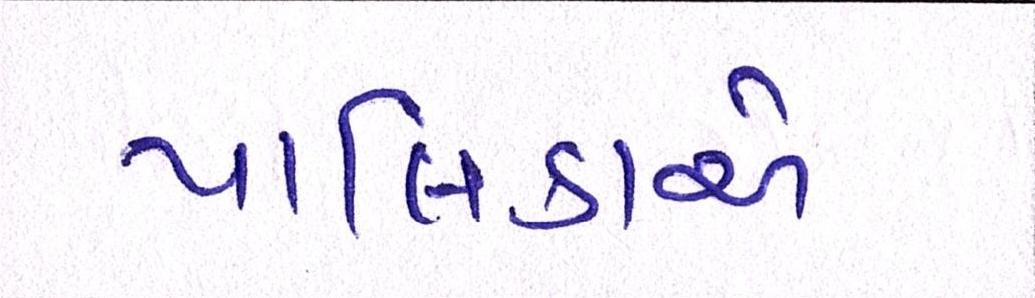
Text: પાલિકાએ